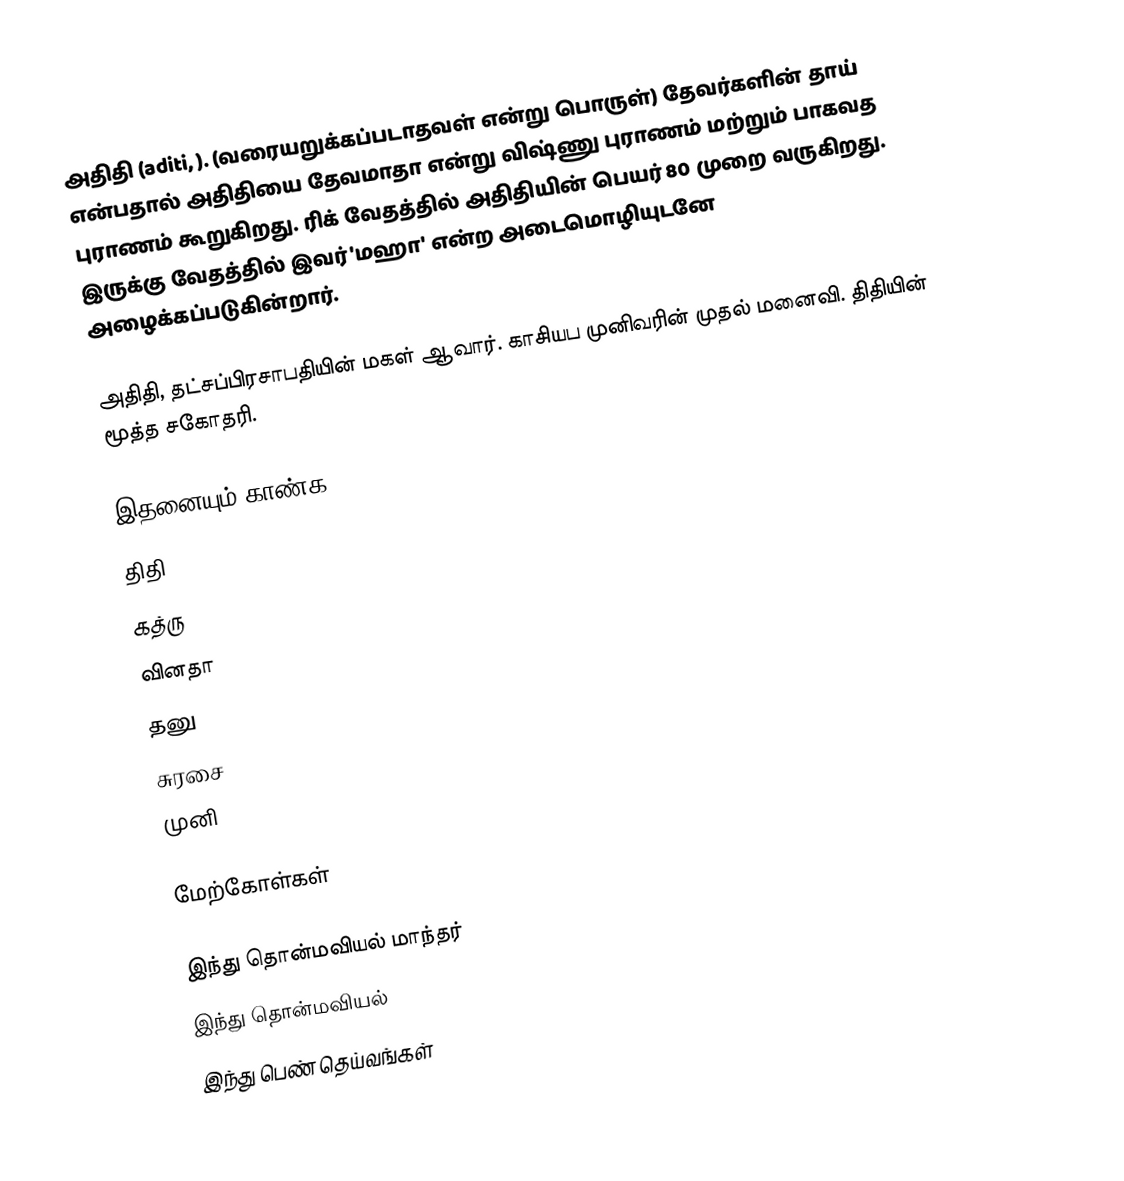
அதிதி (aditi, ). (வரையறுக்கப்படாதவள் என்று பொருள்) தேவர்களின்  தாய் என்பதால் அதிதியை தேவமாதா என்று விஷ்ணு புராணம் மற்றும் பாகவத புராணம் கூறுகிறது. ரிக் வேதத்தில் அதிதியின் பெயர் 80 முறை வருகிறது. இருக்கு வேதத்தில் இவர் 'மஹா' என்ற அடைமொழியுடனே அழைக்கப்படுகின்றார்.

அதிதி, தட்சப்பிரசாபதியின் மகள் ஆவார். காசியப முனிவரின் முதல் மனைவி. திதியின் மூத்த சகோதரி.

இதனையும் காண்க
 திதி
 கத்ரு
 வினதா
 தனு
 சுரசை
 முனி

மேற்கோள்கள்

இந்து தொன்மவியல் மாந்தர்
இந்து தொன்மவியல்
இந்து பெண் தெய்வங்கள்